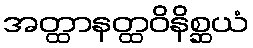
အတ္ထာနတ္ထဝိနိစ္ဆယံ